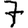
Digit: 7